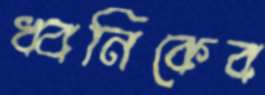
ধ্বনিকেব